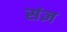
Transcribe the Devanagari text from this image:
संज्ञ